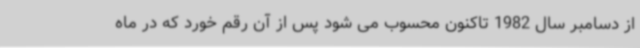
از دسامبر سال 1982 تاکنون محسوب می شود پس از آن رقم خورد که در ماه